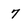
Character: 7